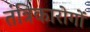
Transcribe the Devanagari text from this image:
तंत्रिकारोगों